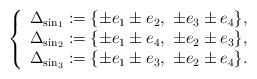
LaTeX: \begin{align*}\left\{\begin{array}{l}\Delta_{{\rm sin}_1}:= \{\pm e_1 \pm e_2, \,\, \pm e_3 \pm e_4\},\\ \Delta_{{\rm sin}_2}:= \{\pm e_1 \pm e_4, \,\, \pm e_2 \pm e_3 \}, \\\Delta_{{\rm sin}_3}:= \{\pm e_1 \pm e_3, \,\, \pm e_2 \pm e_4 \}.\end{array}\right.\end{align*}